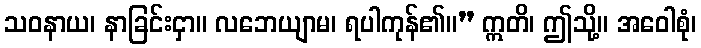
သဝနာယ၊ နာခြင်းငှာ။ လဘေယျာမ၊ ရပါကုန်၏။” ဣတိ၊ ဤသို့။ အဝေါစုံ၊